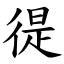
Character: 徥